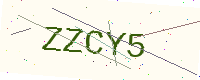
Text: ZZCY5